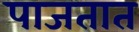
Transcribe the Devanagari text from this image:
पाजतात